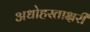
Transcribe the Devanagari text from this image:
अधोहस्ताक्षरी